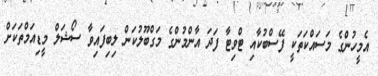
އެމީހުންގެ މަސައްކަތަކީ ފޭސްބުކާއި ޓްވިޓާ ފަދަ އާންމުންގެ މަގްބޫލުކަން ލިބިފައިވާ ސޯޝަލް މީޑިއަމްތަކަށް